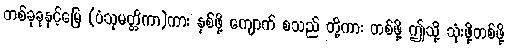
တစ်ခုခုနှင့်မြေ (ပံသုမတ္တိကာ)ကား နှစ်ဖို့ ကျောက် စသည် တို့ကား တစ်ဖို့ ဤသို့ သုံးဖို့တစ်ဖို့